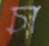
চা